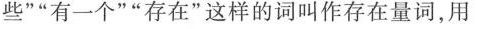
些””有一个””存在”这样的词叫作存在量词，用